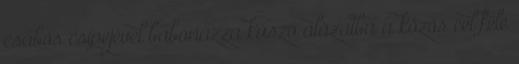
csábos csípejével babonázza kúszó alázatba a közös cél felé